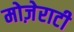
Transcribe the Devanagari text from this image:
मोज़ेराटी